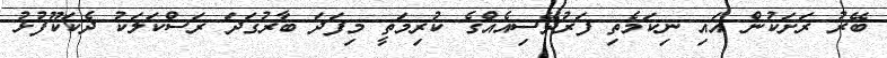
ބޭރު ރަށަކުން އައި ނިކަމެތި ފަރުދޭސިއެއްގެ ކުރިމަތީ މިފަދަ ބާރުގަދަ ރަސްކަލަކު ދެކަކޫފުޅު